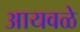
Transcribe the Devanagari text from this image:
आयवळे